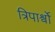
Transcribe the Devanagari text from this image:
त्रिपार्श्वो